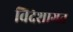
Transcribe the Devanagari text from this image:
विदेशागत